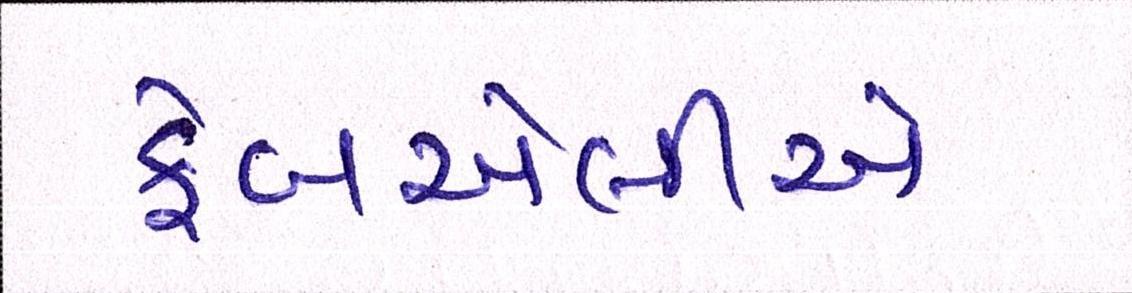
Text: ફેબએલીએ